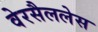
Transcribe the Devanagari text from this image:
वेरसैललेस